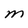
Character: M